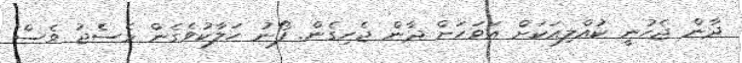
ދާން ޖެހުނީ ކުއްލިއަކަށް އަވަހަށް ދާން ޖެހިގެން. ފޯނު ހަލާކުވެގެން މެސެޖު ވެސް